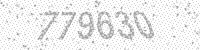
Solution: 779630